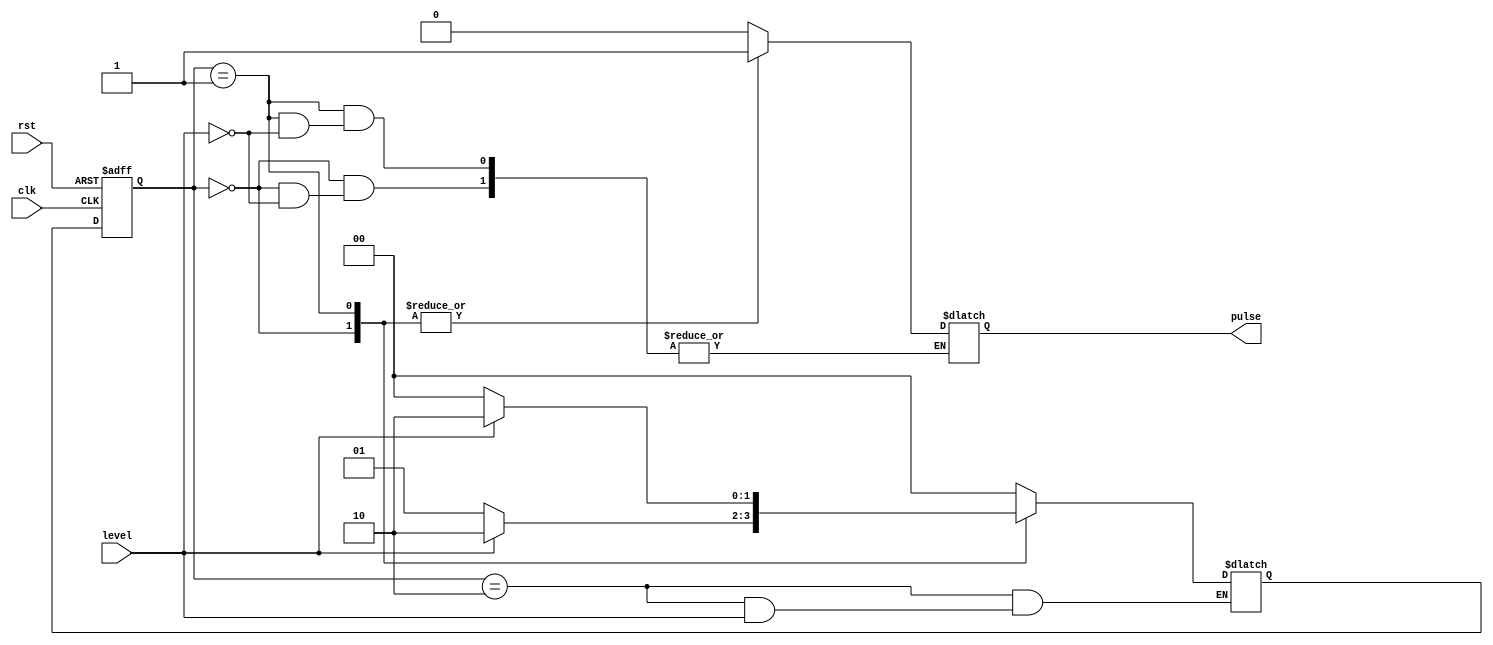
module GrayCounter_Pulse(input clk, input rst, input level, output reg pulse);

   reg [1:0] state=S0;
   reg [1:0] nextstate=S0;
   parameter S0 = 2'b00;
   parameter S1 = 2'b01;
   parameter S2 = 2'b10;
   
   // Compute next state of the FSM 
  always @(state, level)
      begin
			case(state)
				S0:
							if(level)
							     begin
                                     nextstate=S2;
                                     pulse=1;
                                 end
							else
							     nextstate=S1;
				S1:
							if(level)
							     begin
                                     nextstate=S2;
                                     pulse=1;
                                 end
							else
							     nextstate=S0;
				S2:
						begin
						    pulse=0;
							if(!level)
							     nextstate=S0;
						end
				default: begin
				        pulse=0;
				        nextstate=S0;
				       end
			endcase
      end
	  
	  // Set the new state 
	always @(posedge clk, posedge rst)
			begin
				if(rst)
					state <= S0;
				else
					state <= nextstate;
	end
endmodule